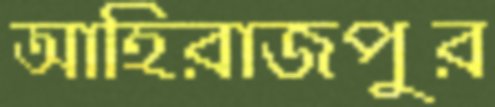
আহিরাজপুর